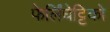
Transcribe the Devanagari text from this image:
फेर्लिंघेट्टिको